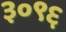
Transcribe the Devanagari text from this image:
३०९६